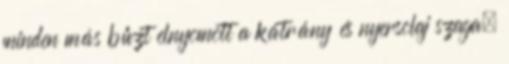
minden más bűzt elnyomott a kátrány és nyersolaj szaga,